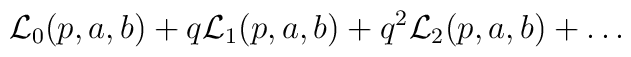
{\cal L}_0(p,a,b) + q {\cal L}_1(p,a,b) +  q^2 {\cal L}_2(p,a,b) + \dots